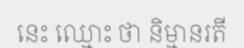
នេះ ឈ្មោះ ថា និម្មានរតី